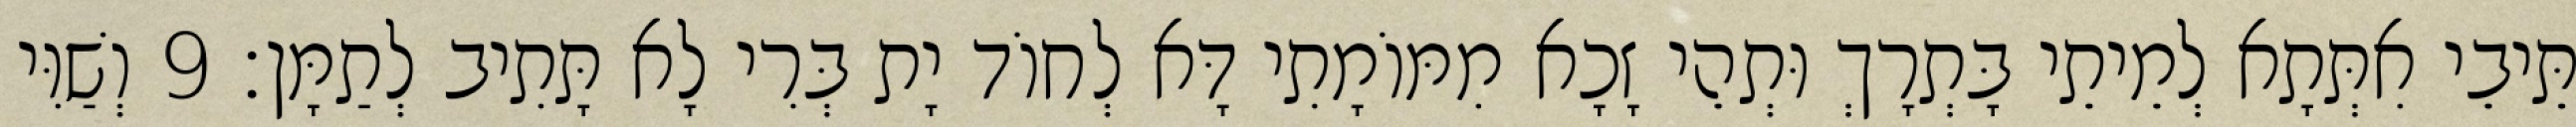
תֵּיבֵי אִתְּתָא לְמֵיתֵי בָּתְרָךְ וּתְהֵי זָכָא מִמּוֹמָתִי דָּא לְחוֹד יָת בְּרִי לָא תָּתִיב לְתַמָּן׃ 9 וְשַׁוִּי